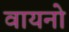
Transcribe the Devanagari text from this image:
वायनो